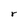
Character: r